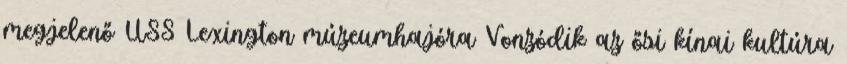
megjelenő USS Lexington múzeumhajóra Vonzódik az ősi kínai kultúra